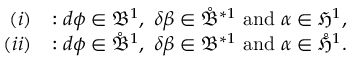
\begin{array} { r l } { ( i ) } & { : d \phi \in \mathfrak { B } ^ { 1 } , \ \delta \beta \in \mathring { \mathfrak { B } } ^ { \ast 1 } \ \mathrm { a n d } \ \alpha \in \mathfrak { H } ^ { 1 } , } \\ { ( i i ) } & { : d \phi \in \mathring { \mathfrak { B } } ^ { 1 } , \ \delta \beta \in \mathfrak { B } ^ { \ast 1 } \ \mathrm { a n d } \ \alpha \in \mathring { \mathfrak { H } } ^ { 1 } . } \end{array}